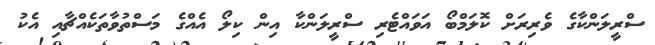
ސްރީލަންކާގެ ވެރިރަށް ކޮލަމްބޯ އަވައްޓެރި ސްރީލަންކާ އިން ކިލޯ އެއްގެ މަސްތުވާތަކެއްޗާއި އެކު